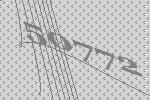
50772